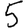
Digit: 5